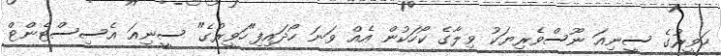
ހަވީރުގެ ސީނިއަ ނޫސްވެރިޔަކު ވިލާގެ ކޯހަކުން އެއް ވަނަ ހޯދައިފި"ހަވީރުގެ" ސީނިއަ އެސިސްޓެންޓް